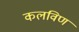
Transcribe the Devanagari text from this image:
कलविण